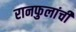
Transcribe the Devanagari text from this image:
रानफुलांची